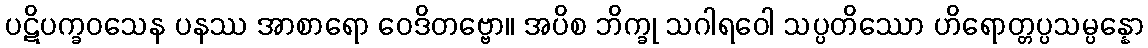
ပဋိပက္ခဝသေန ပနဿ အာစာရော ဝေဒိတဗ္ဗော။ အပိစ ဘိက္ခု သဂါရဝေါ သပ္ပတိဿော ဟိရောတ္တပ္ပသမ္ပန္နော